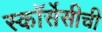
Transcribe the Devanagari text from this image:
स्कॉर्सेसीची